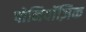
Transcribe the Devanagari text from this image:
पोनिवॉज़िक